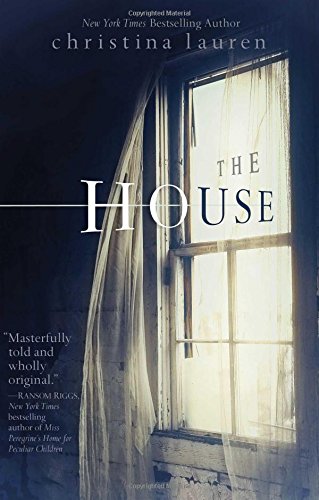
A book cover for The House; Christina Lauren; Teen & Young Adult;